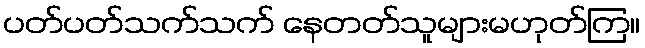
ပတ်ပတ်သက်သက် နေတတ်သူများမဟုတ်ကြ။